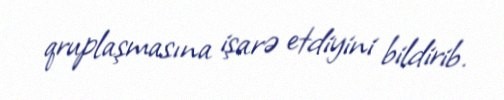
qruplaşmasına işarə etdiyini bildirib.